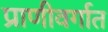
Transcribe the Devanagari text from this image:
प्राणीवर्गात